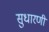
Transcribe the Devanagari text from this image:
सुधारणी